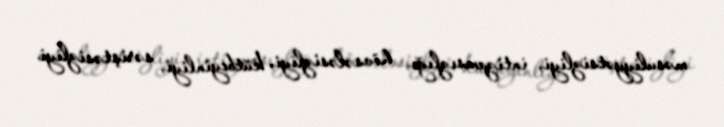
məsuliyyətsizliyi, intizamsızlığı, hövsələsizliyi, kütbeyinliyi, səriştəsizliyi